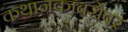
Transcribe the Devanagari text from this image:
कथानकाबरोबर